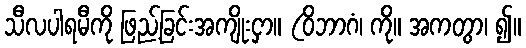
သီလပါရမီကို ဖြည့်ခြင်းအကျိုးငှာ။ (ဝိဘာဂံ၊ ကို။ အကတွာ၊ ၍။